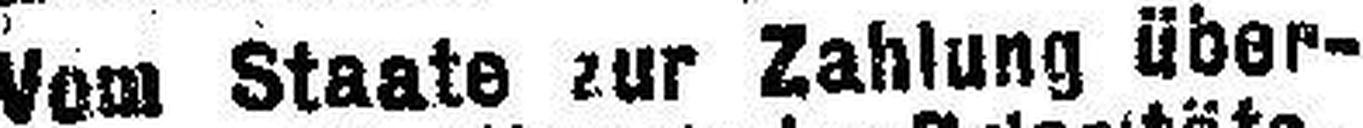
Vom Staate zur Zahlung über¬